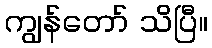
ကျွန်တော် သိပြီ။